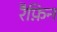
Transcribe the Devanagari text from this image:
रैफ़िन